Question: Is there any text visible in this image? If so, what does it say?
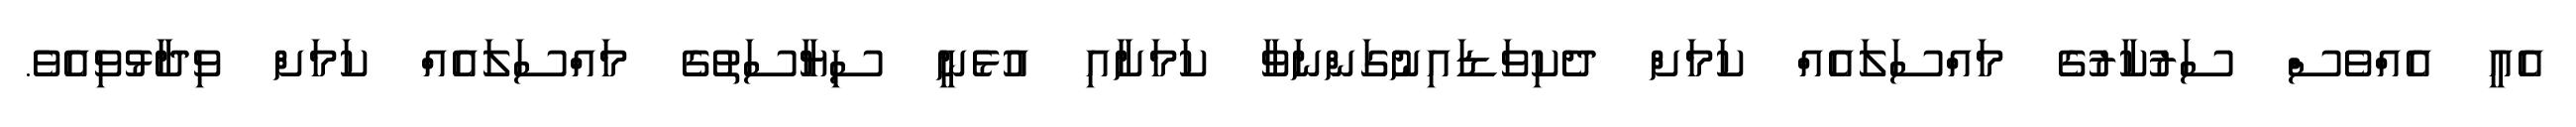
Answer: އެއީ އެއްވެސް ސަރުކާރުގެ މައްސަލައެއް ކަމަށް ދެކިވަޑައިނުގަންނަވާ ކަމަށާއި އުޅެނީ ސިޔާސަތުގެ މައްސަލައެއް ކަމަށް ވިދާޅުވިއެވެ.